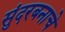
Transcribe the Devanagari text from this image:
सुंदरबनाचे